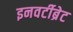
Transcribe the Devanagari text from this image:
इनवर्टीब्रेट